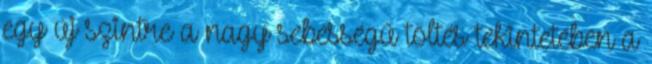
egy új szintre a nagy sebességű töltés tekintetében a